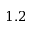
1 . 2